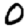
Digit: 0